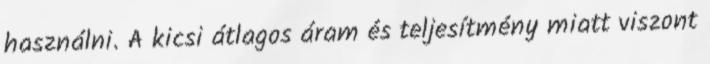
használni. A kicsi átlagos áram és teljesítmény miatt viszont